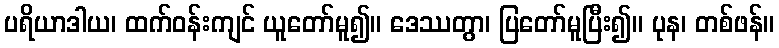
ပရိယာဒါယ၊ ထက်ဝန်းကျင် ယူတော်မူ၍။ ဒေဿတွာ၊ ပြတော်မူပြီး၍။ ပုန၊ တစ်ဖန်။